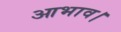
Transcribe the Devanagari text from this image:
आभाव।